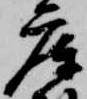
庫